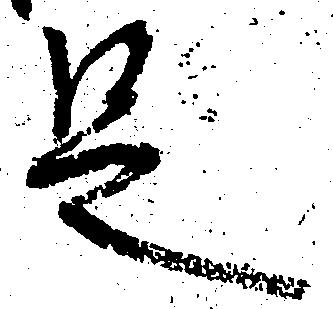
足